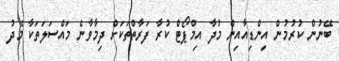
ބޭނުން ކުރުމުން އިންޑިއާއިން މުދާ އިމްޕޯޓް ކުރާ ފަރާތްތަކަށް ދިމާވާނެ މައްސަލަތަކާ މެދު